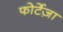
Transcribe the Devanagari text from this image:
फोर्टेज़ा